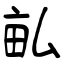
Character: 畆